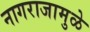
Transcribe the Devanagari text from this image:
नागराजामुळे